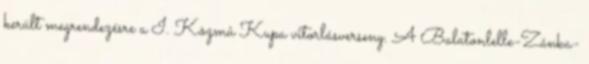
került megrendezésre a I. Közmû Kupa vitorlásverseny. A Balatonlelle-Zánka-